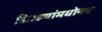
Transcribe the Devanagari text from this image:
किल्ल्यांमधोनच